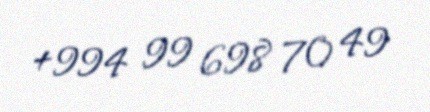
+994 99 698 70 49